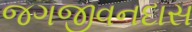
જગજીવનદાસ